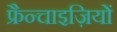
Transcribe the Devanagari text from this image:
फ्रैन्चाइज़ियों